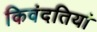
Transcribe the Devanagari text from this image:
किवंदतियां